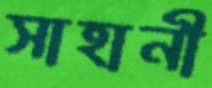
সাহানী